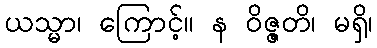
ယသ္မာ၊ ကြောင့်။ န ဝိဇ္ဇတိ၊ မရှိ၊